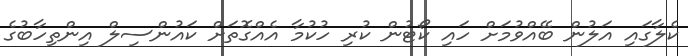
ކެލާގައި އަލުން ބޭއްވުމަށް ހައި ކޯޓުން ކުރި ހުކުމާ އެއްގޮތަށް ކައުންސިލް އިންތިހާބުގެ